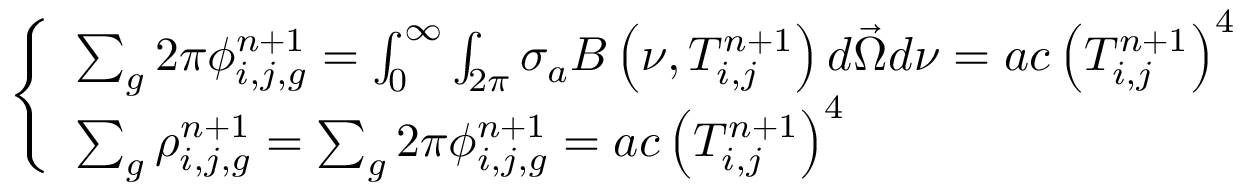
\left\{ \begin{array} { l } { { \sum _ { g } 2 \pi \phi _ { i , j , g } ^ { n + 1 } = \int _ { \mathrm { 0 } } ^ { \infty } \int _ { 2 \pi } \sigma _ { a } B \left( \nu , T _ { i , j } ^ { n + 1 } \right) d \vec { \Omega } d \nu = a c \left( T _ { i , j } ^ { n + 1 } \right) ^ { 4 } } } \\ { { \sum _ { g } \rho _ { i , j , g } ^ { n + 1 } = \sum _ { g } 2 \pi \phi _ { i , j , g } ^ { n + 1 } = a c \left( T _ { i , j } ^ { n + 1 } \right) ^ { 4 } } } \end{array} \right.